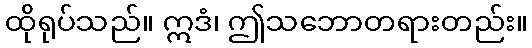
ထိုရုပ်သည်။ ဣဒံ၊ ဤသဘောတရားတည်း။